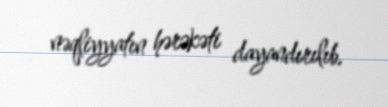
nəqliyyatın hərəkəti dayandırılıb.